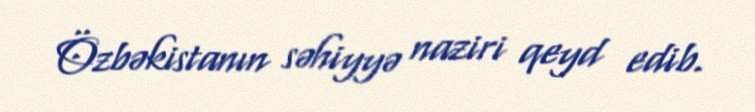
Özbəkistanın səhiyyə naziri qeyd edib.